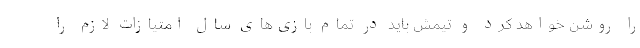
را روشن خواهد کرد و تیمش باید در تمام بازی‌های سال امتیازات لازم را